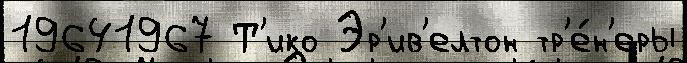
19641967 Т'ико Эр'ив'елтон тр'е́н'еры